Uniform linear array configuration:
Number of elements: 12
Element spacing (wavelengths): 0.75
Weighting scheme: uniform
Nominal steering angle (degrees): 15
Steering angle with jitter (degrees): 14.575
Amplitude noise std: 0.05
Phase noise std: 0.05

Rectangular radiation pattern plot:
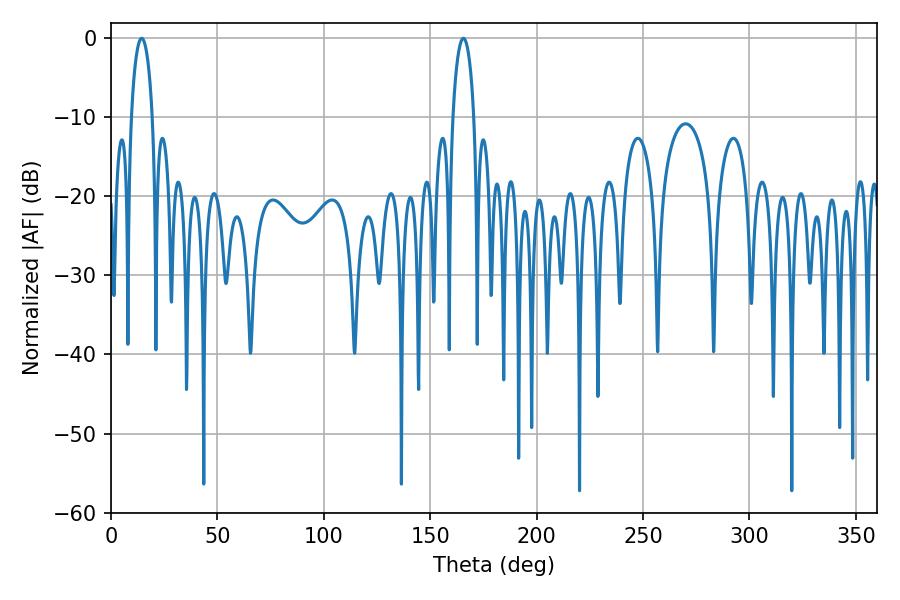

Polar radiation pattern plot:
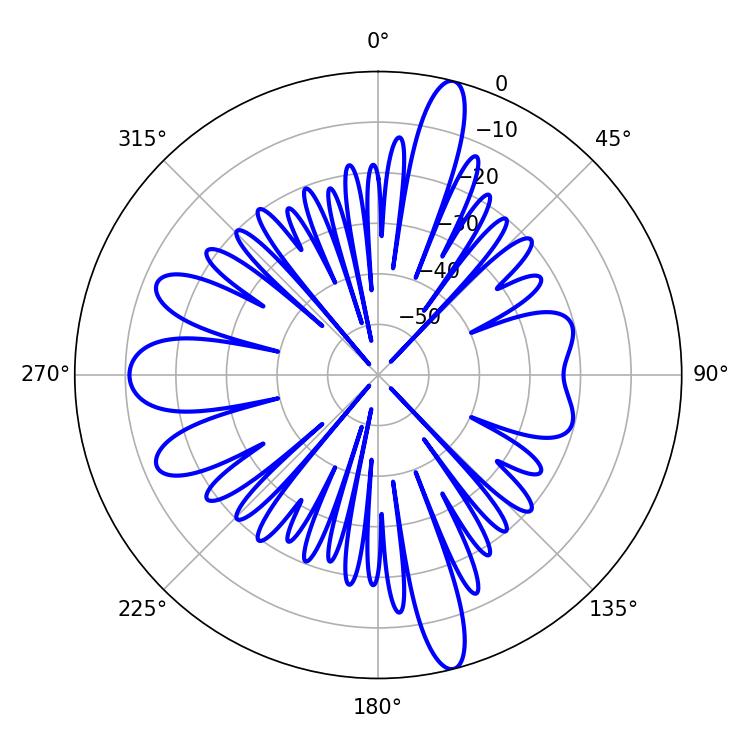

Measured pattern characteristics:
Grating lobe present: TRUE
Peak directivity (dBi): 19.179
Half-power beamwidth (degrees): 5.76
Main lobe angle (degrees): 165.6